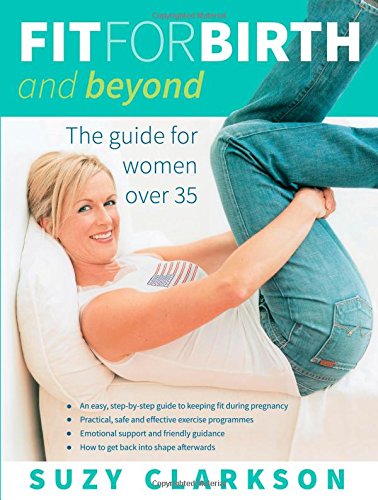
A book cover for Fit for Birth and Beyond: The guide for women over 35; Suzy Clarkson; Health, Fitness & Dieting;